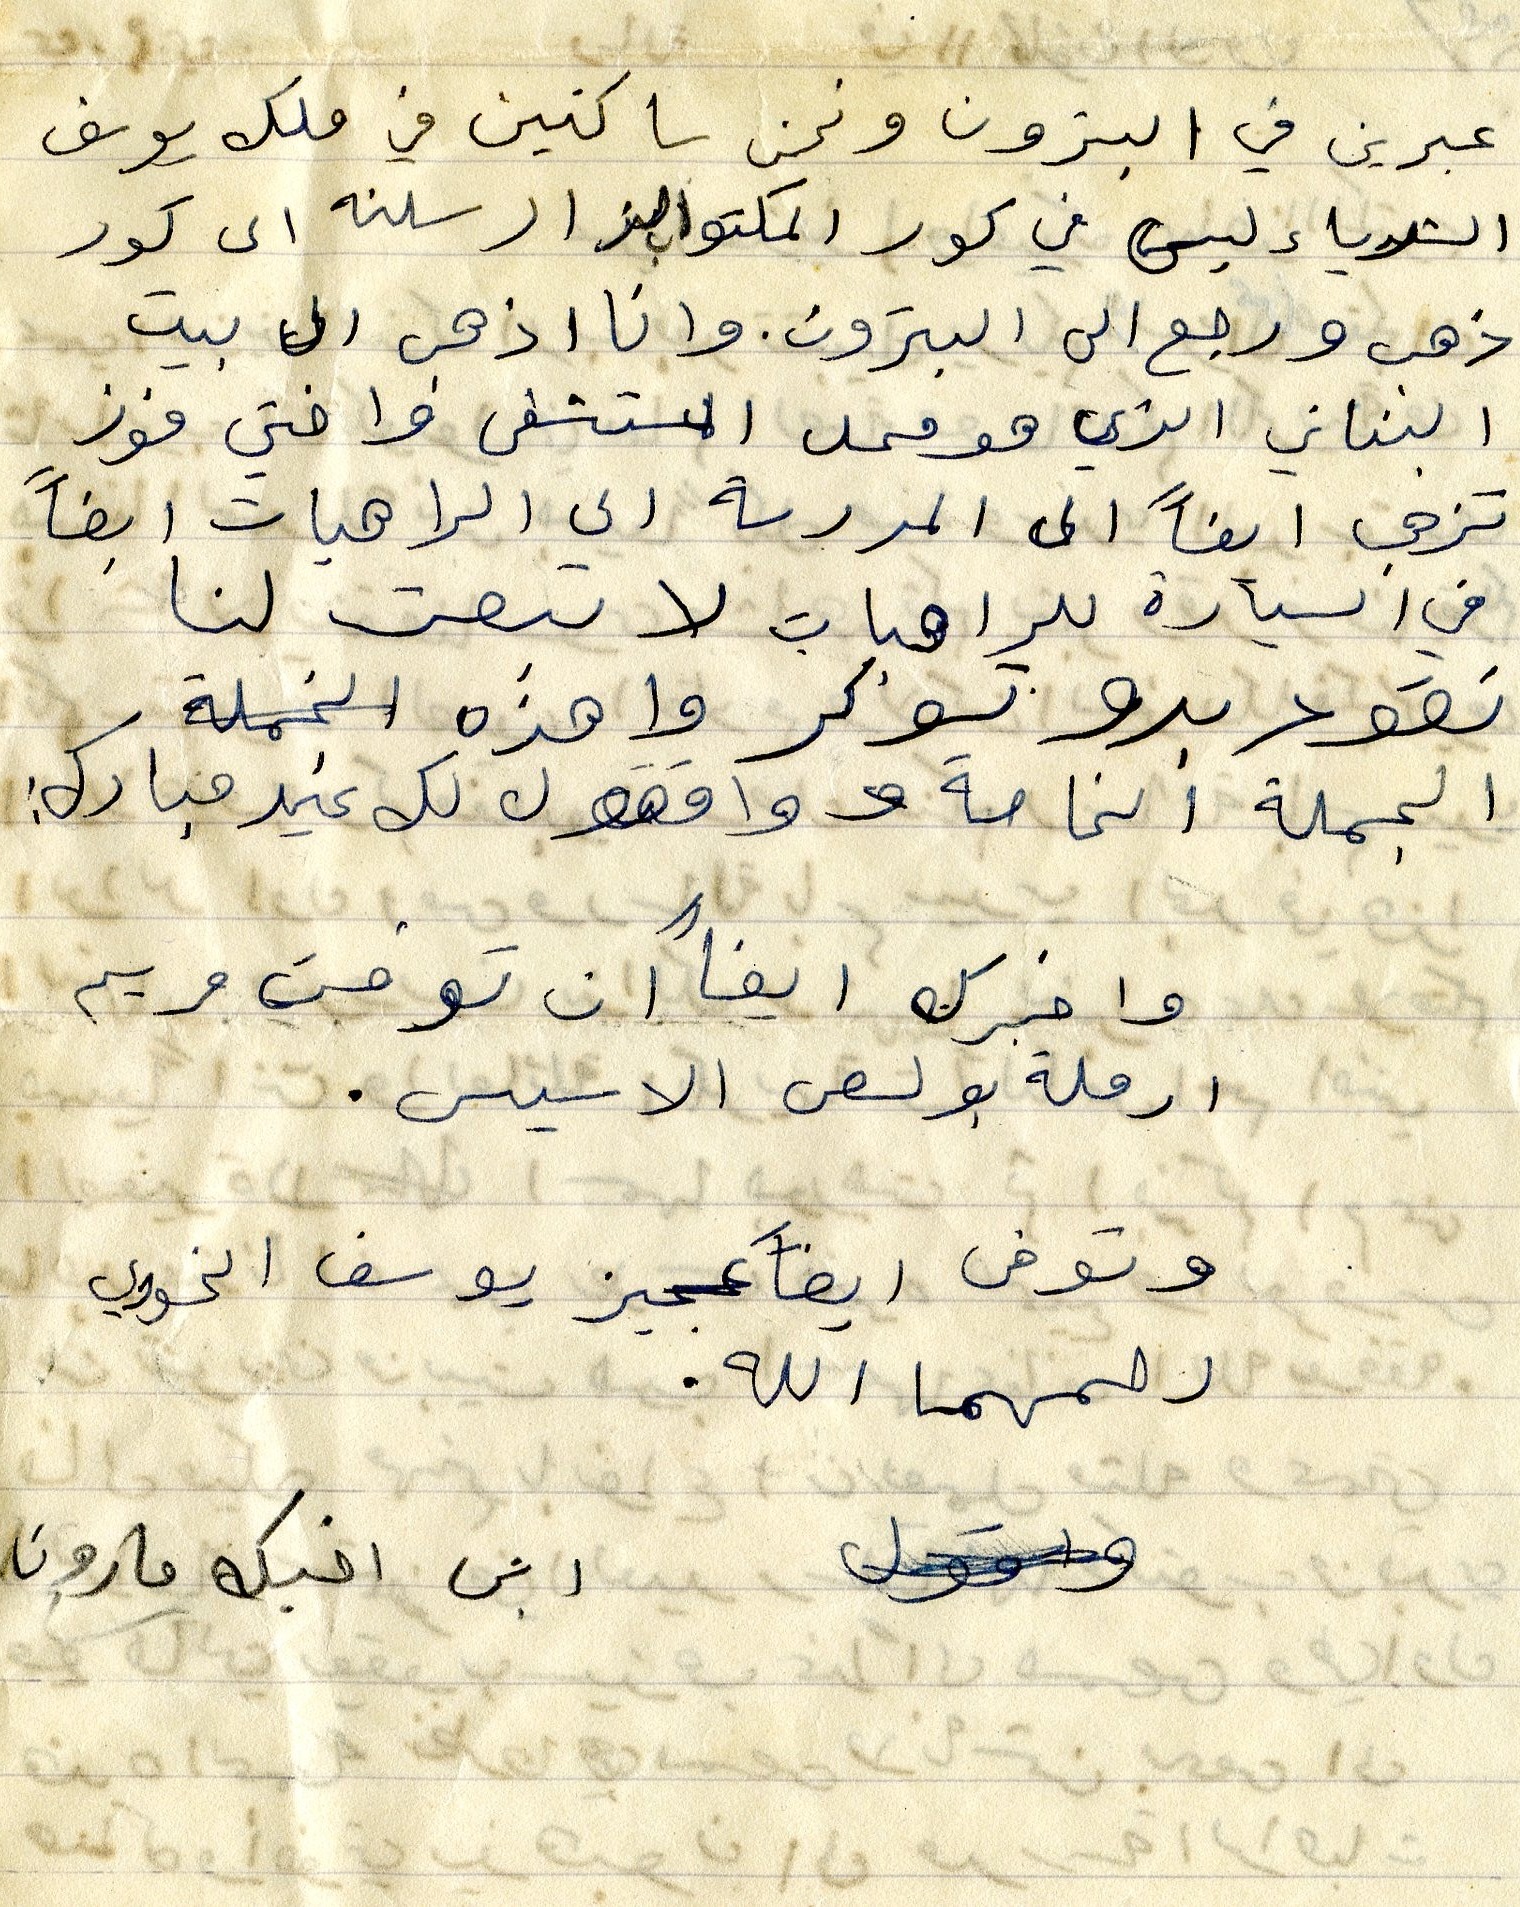
عبرين في البترون ونحن ساكنين في ملك يوسف
الشدياء ليس في كور المكتوب الو ارسلته الى كور
ذهب ورجع الى البترون. وانا اذهب الى بيت
البناني هو محل المستشفى واختي فوز
تذهب ايضاً الى المدرسة الى الراهبات ايضاً
في السيارة للراهبات لا تبعت لنا
نقود بدو تسوكر واهذه
الجملة الخاصة وواققول لك عيد مبارك:
وا خبرك ايضاً ان توفت مريم
ارملة بولص الاسيس.
وتوفى ايضاً عجيز يوسف الخوري
رحمهما الله
ابن اخيك مارون